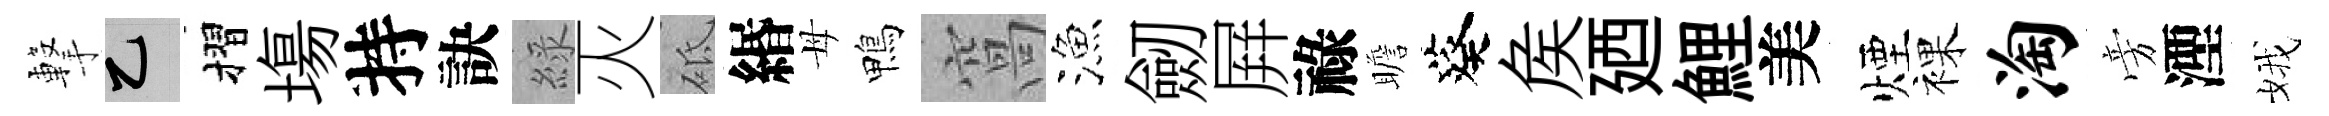
撃乙摺塲持訣綠灭砥緡母鴨窩漁劒屛祿瞻葵矦廼鯉美煙裸淘旁湮娥